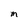
Character: M